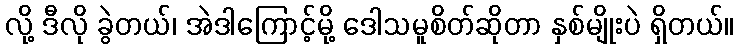
လို့ ဒီလို ခွဲတယ်၊ အဲဒါကြောင့်မို့ ဒေါသမူစိတ်ဆိုတာ နှစ်မျိုးပဲ ရှိတယ်။